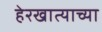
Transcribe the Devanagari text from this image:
हेरखात्याच्या